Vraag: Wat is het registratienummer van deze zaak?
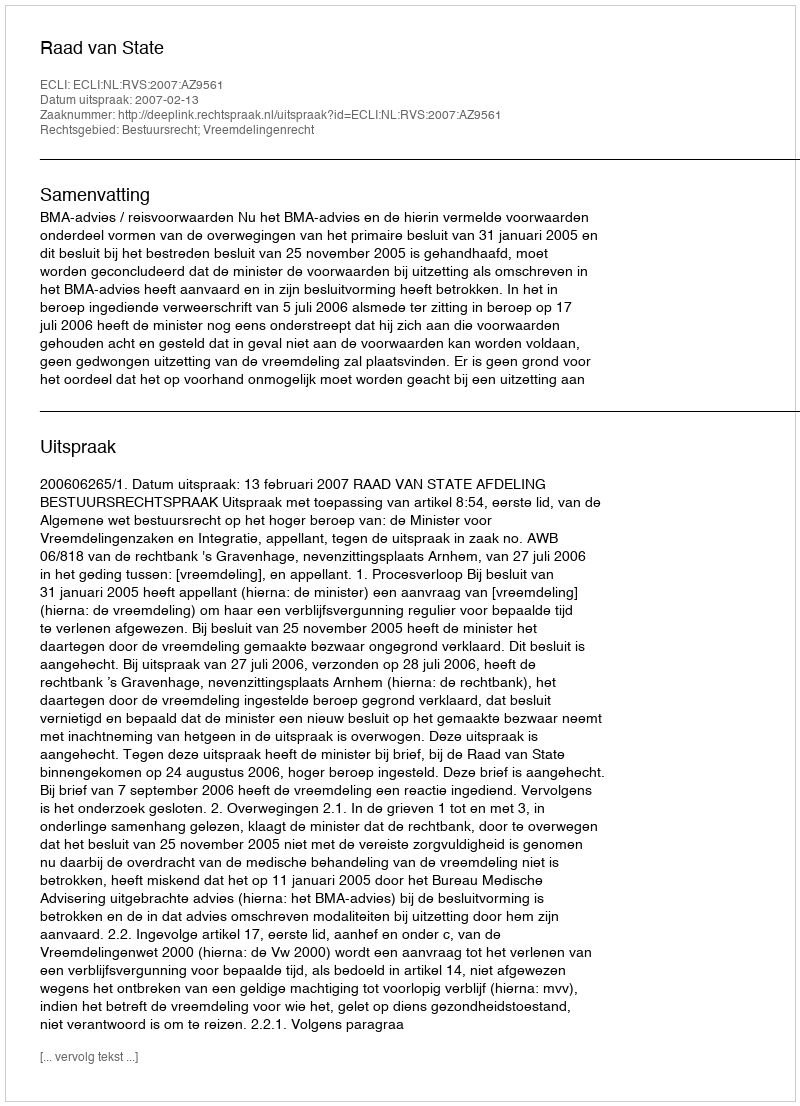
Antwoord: http://deeplink.rechtspraak.nl/uitspraak?id=ECLI:NL:RVS:2007:AZ9561